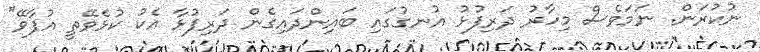
ނުކުރަން. ނަމަވެސް މިހާރު ދަރިފުޅު އުނގުގައި ބައިންދައިގެން ދަރިފުޅާ އެކު ކުޅެވޭތީ އުފާވޭ"